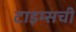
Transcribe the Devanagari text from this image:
टाइम्सची